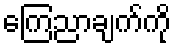
ကြေညာချက်ကို